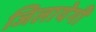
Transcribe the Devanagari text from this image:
जिलायेगी